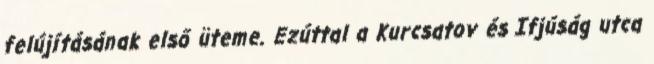
felújításának első üteme. Ezúttal a Kurcsatov és Ifjúság utca